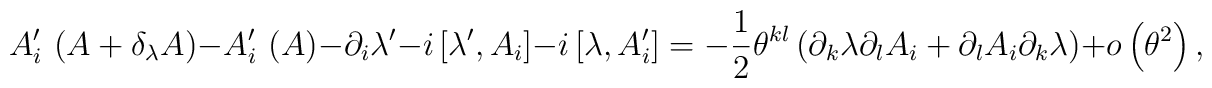
A_{i}^{\prime }\,\left( A+\delta _{\lambda }A\right) -A_{i}^{\prime}\,\left( A\right) -\partial _{i}\lambda ^{\prime }-i\left[ \lambda ^{\prime},A_{i}\right] -i\left[ \lambda ,A_{i}^{\prime }\right] =-\frac{1}{2}\theta^{kl}\left( \partial _{k}\lambda \partial _{l}A_{i}+\partial_{l}A_{i}\partial _{k}\lambda \right) +o \left( \theta ^{2}\right) ,